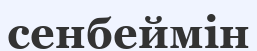
сенбеймін